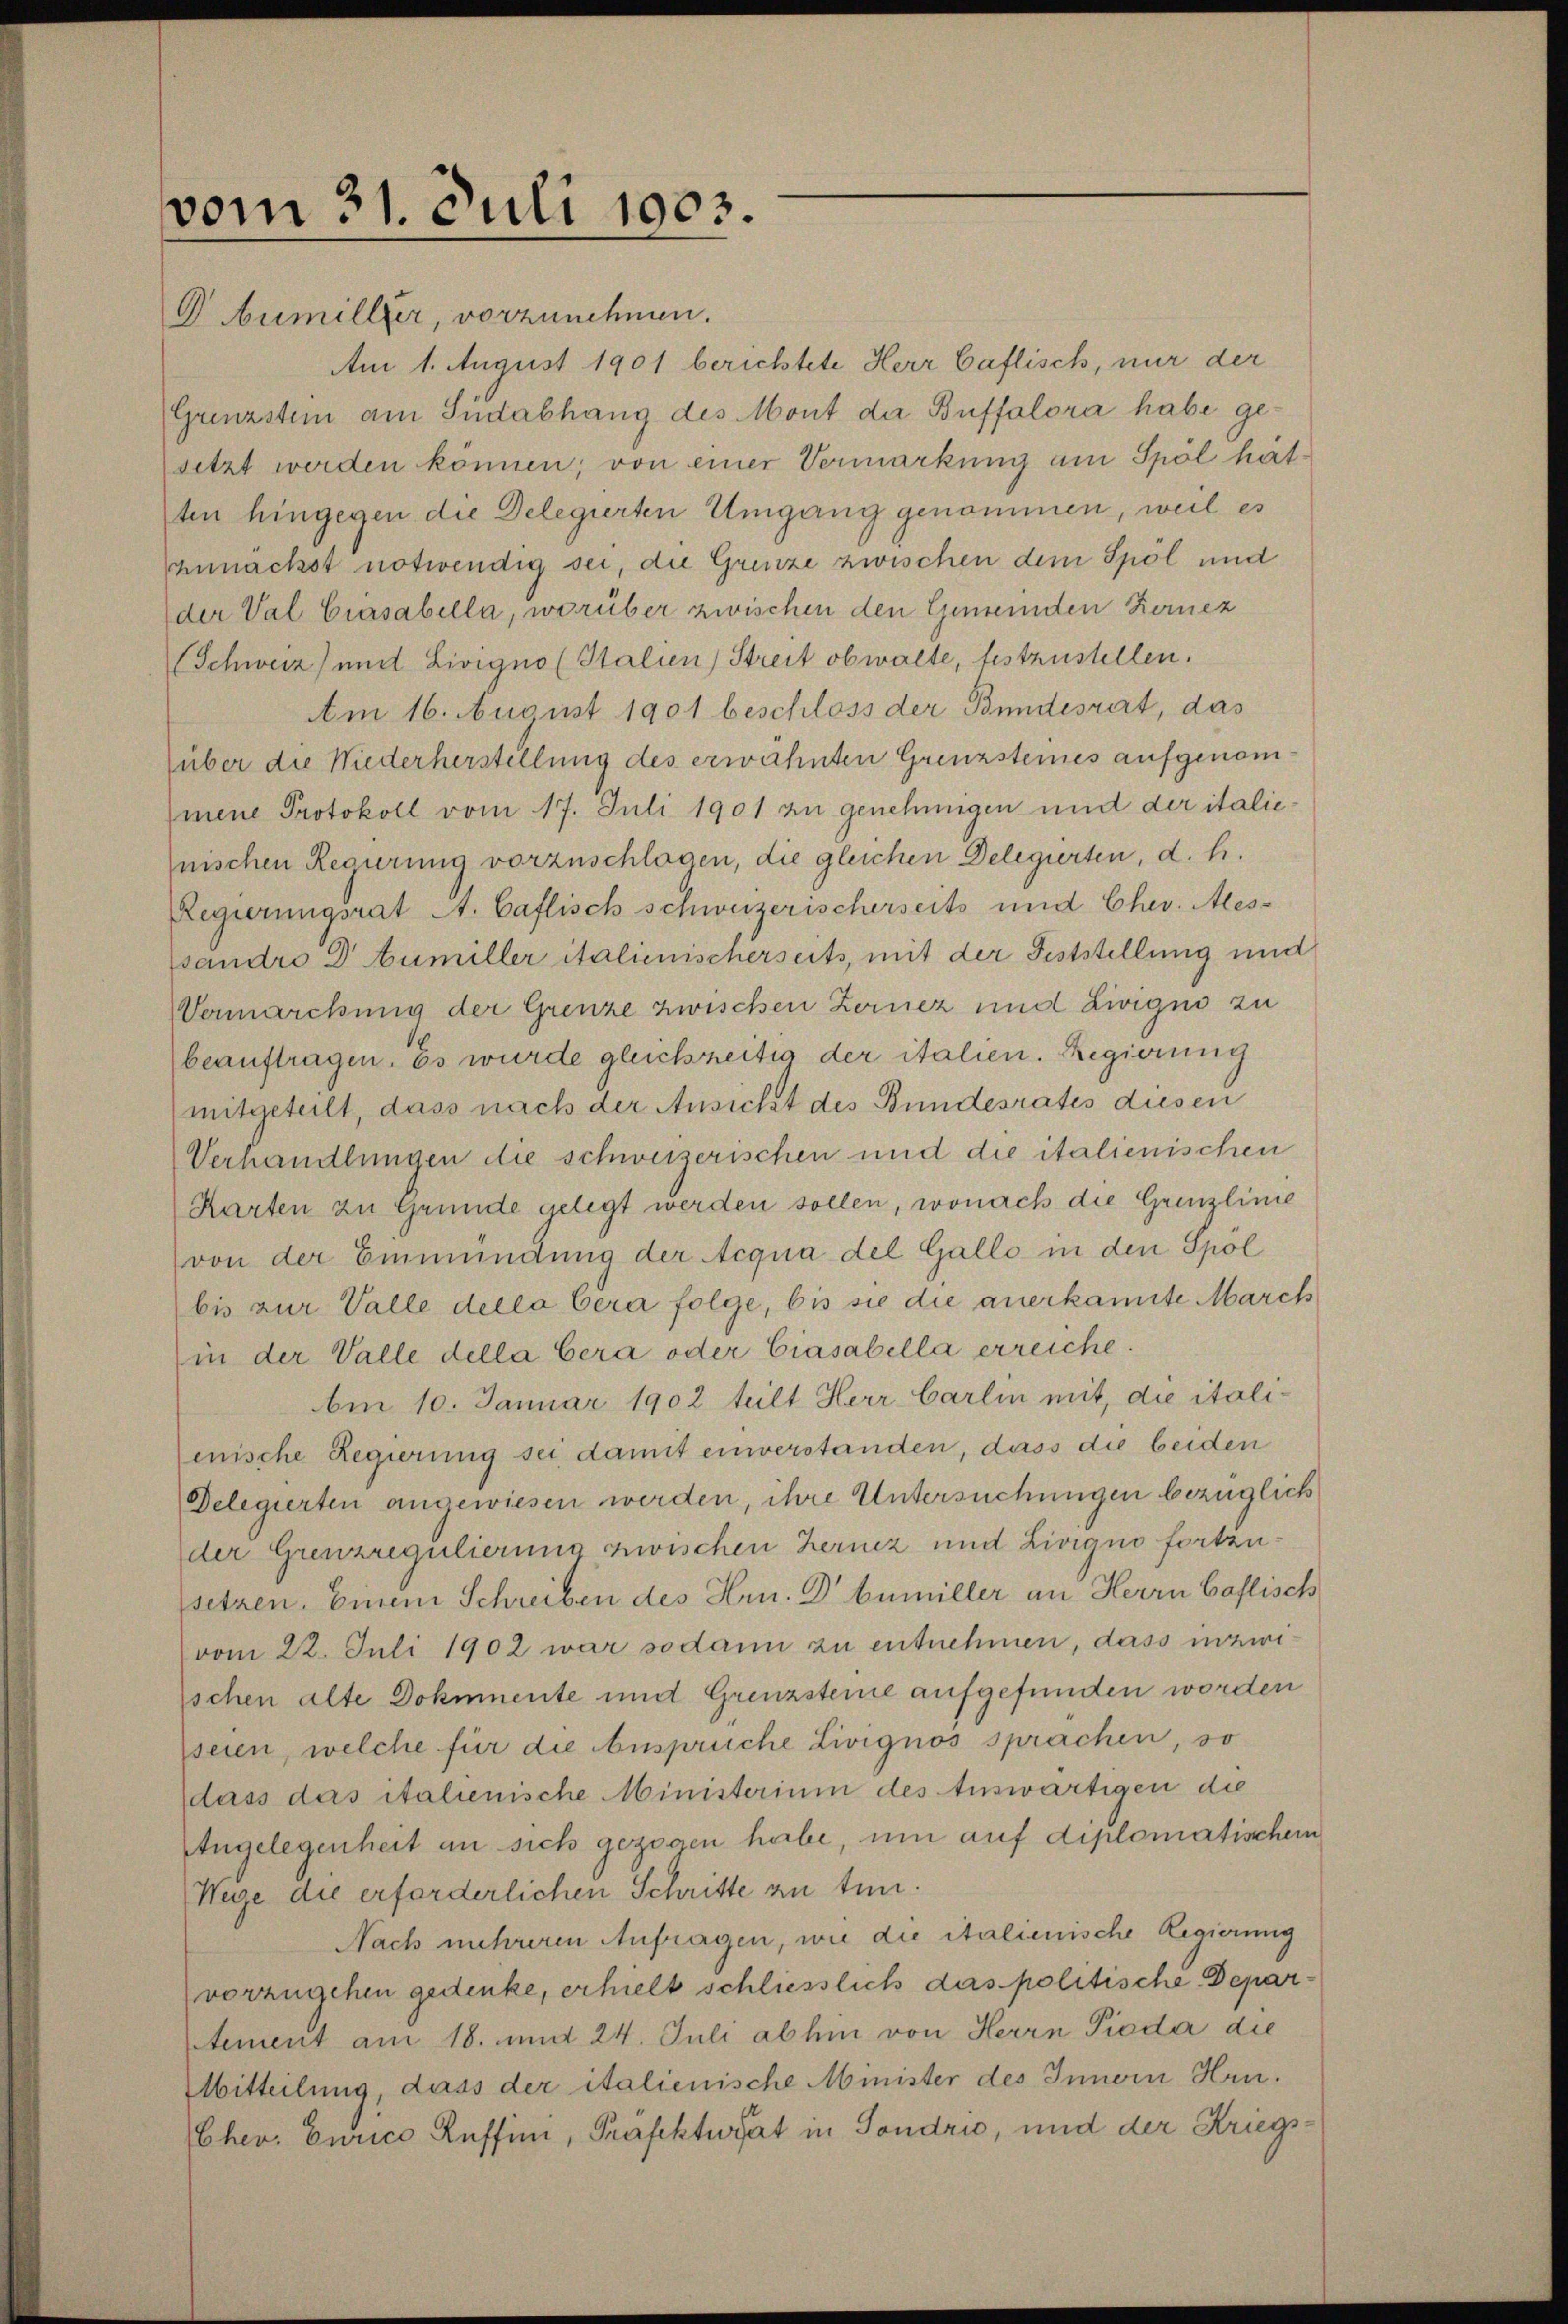
vom 31. Juli 1903.
Gbumiller, vorzunehmen.

Am 1. August 1901 berichtete Herr Caflisch, nur der
Grenzstein am Südabhang des Mont da Buffalora habe gesetzt werden können; von einer Vermarkung am Spöl hatten hingegen die Delegierten Umgang genommen, weil es
aunächst notwendig sei, die Grenze zwischen dem Spöl und
der Val Crasabella, worüber zwischen den Gemeinden Kernez
(Schweiz) und Livigno (Stalien, Streit obwalte, festzustellen.
Am 16. August 1901 beschloss der Bundesrat, das
(über die Niederherstellung des erwähnten Grenzsteines aufgenommene Protokoll vom 17. Juli 1901 zu genehmigen und der italienischen Regierung vorzuschlagen, die gleichen Delegierten, d. h.
Regierungsrat A. Caflisch schweizerischerseits und Chev. Ales-
andro Dr. Aumiller italienischerseits, mit der Feststellung und
Vermarckung der Grenze zwischen Zernez und Livigii zu
beauftragen. Es wurde gleichzeitig der italien. Regierung
mitgeteilt, dass nach der Ansicht des Bundesrates diesen
Verhandlungen die schweizerischen und die italienischen
Karten zu Grunde gelegt werden sollen, wonach die Grenzlinie
(von der Einmündung der Acqua del Gallo in den Spol
bis zur Valle della bera folge, bis sie die anerkannte March
in der Valle della bera oder Ciasabella erreiche.
Am 10. Januar 1902 teilt Herr Carlin mit, die itali-
enische Regierung sei, damit einverstanden, dass die beiden
Delegierten angewiesen werden, ihre Untersuchungen bezüglich
der Grenzregulierung zwischen Lernez und Livigno fortzusetzen. Einem Schreiben des Hr. Dr bumiller an Herrn Caflisch
vom 22. Juli 1902 war sodann zu entnehmen, dass inzwischen alte Dokmnente und Grenzsteine aufgefunden worden
seien, welche für die Ansprüche Livignos sprachen, so
dass das italienische Ministerium des Auswärtigen die
Angelegenheit an sich gezogen habe, um auf diplomatischem
Wege die erforderlichen Schritte zu tun.
Nach mehreren Anfragen, wie die italienische Regierung
vorzugehen gedenke, erhielt schliesslich das politische Departement am 18. und 24. Juli abhin von Herrn Pioda die
Mitteilung, dass der italienische Minister des Innern Hrn.
Cher. Curico Reffini, Präfekturat in Sondrio, und der Kriegs¬